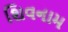
શિવનામ